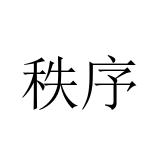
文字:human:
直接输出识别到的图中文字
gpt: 秩序